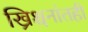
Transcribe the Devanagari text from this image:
ख्रिश्चनांतही